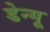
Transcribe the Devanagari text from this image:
डेन्गू